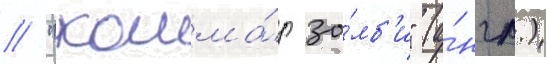
// "кошма́р зо́мб'и" (а́нгл.)